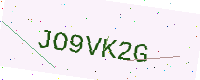
Text: JO9VK2G